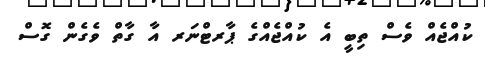
ކުއްޖެއް ވެސް ތިބީ އެ ކުއްޖެއްގެ ޕާރޓްނަރ އާ ގާތް ވެގެން ގޮސް